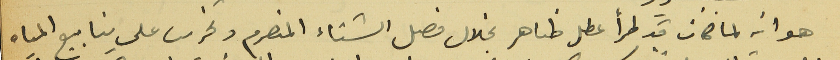
هو انه لما كان قد طرأ عطل ظاهر بخلال فصل الشتاء المنصرم وتخريب على ينابيع المياه